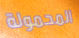
المحمولة